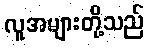
လူအများတို့သည်